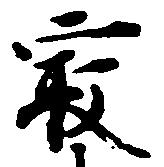
最